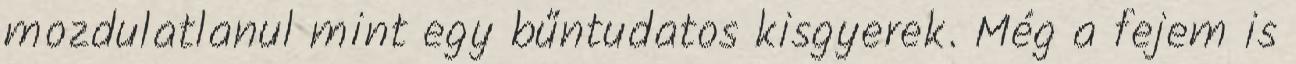
mozdulatlanul mint egy bűntudatos kisgyerek. Még a fejem is